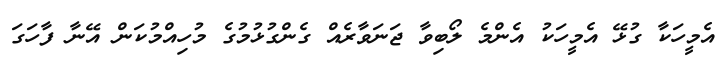
އެމީހަކާ ގުޅޭ އެމީހަކު އެންމެ ލޯބިވާ ޖަނަވާރެއް ގެންގުޅުމުގެ މުހިއްމުކަން އޭނާ ފާހަގަ